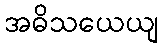
အဓိသယေယျ